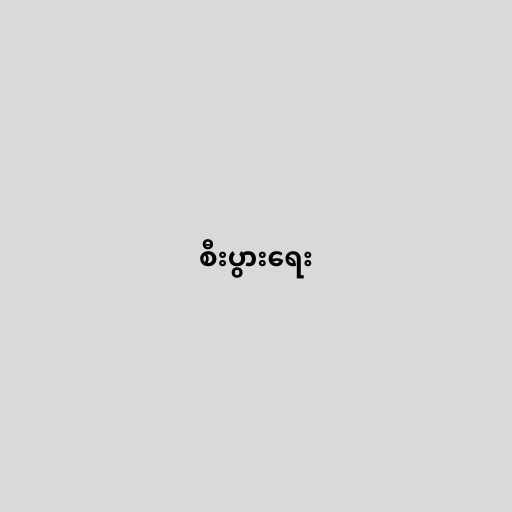
စီးပွားရေး